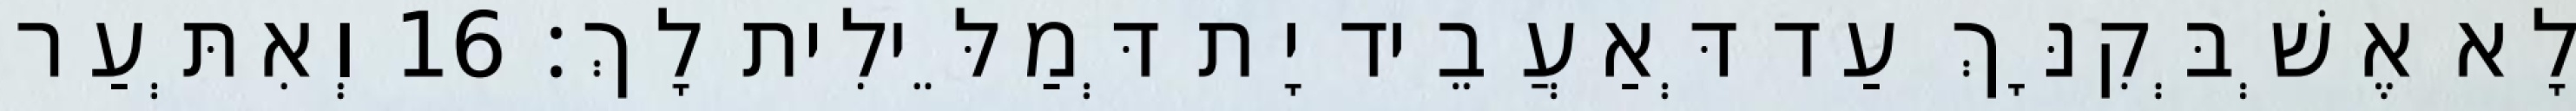
לָא אֶשְׁבְּקִנָּךְ עַד דְּאַעֲבֵיד יָת דְּמַלֵּילִית לָךְ׃ 16 וְאִתְּעַר